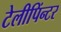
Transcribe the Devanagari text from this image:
टेलीपिंन्टर